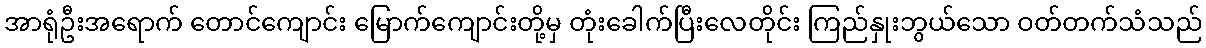
အာရုံဦးအရောက် တောင်ကျောင်း မြောက်ကျောင်းတို့မှ တုံးခေါက်ပြီးလေတိုင်း ကြည်နှုးဘွယ်သော ဝတ်တက်သံသည်